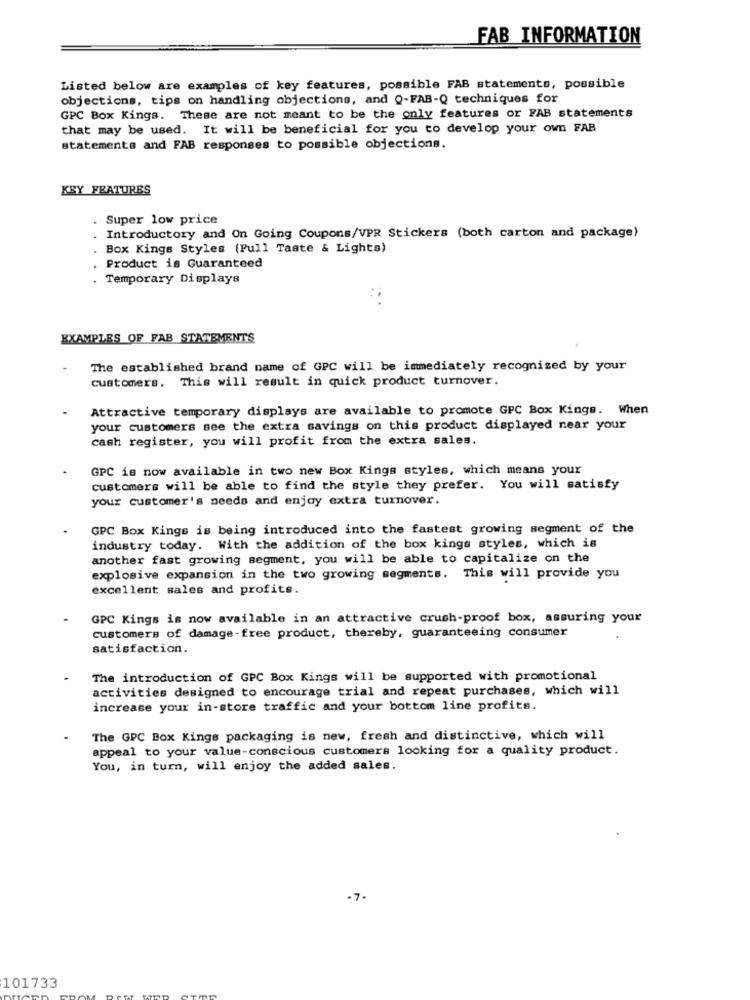
FAB INFORMATION
Listed below are examples of key features, possible FAB statements, possible
objections, tips on handling objections, and Q-FAB-Q techniques for
GPC Box Kings. These are not meant to be the only features or FAB statements
that may be used. It will be beneficial for you to develop your own FAB
statements and FAB responses to possible objections.
KEY FEATURES
. Super low price
. Introductory and On Going Coupons/VPR Stickers (both carton and package)
Box Kings Styles (Full Taste & Lights)
Product is Guaranteed
Temporary Displays
EXAMPLES OF FAB STATEMENTS
The established brand name of GPC will be immediately recognized by your
customers. This will result in quick product turnover.
Attractive temporary displays are available to promote GPC Box Kings. When
your customers see the extra savings on this product displayed near your
cash register, you will profit from the extra sales.
GPC is now available in two new Box Kings styles, which means your
customers will be able to find the style they prefer. You will satisfy
your customer's needs and enjoy extra turnover.
GPC Box Kings is being introduced into the fastest growing segment of the
industry today. With the addition of the box kings styles, which is
another fast growing segment, you will be able to capitalize on the
explosive expansion in the two growing segments. This will provide you
excellent sales and profits.
GPC Kings is now available in an attractive crush-proof box, assuring your
customers of damage-free product, thereby, guaranteeing consumer
satisfaction.
The introduction of GPC Box Kings will be supported with promotional
activities designed to encourage trial and repeat purchases, which will
increase your in-store traffic and your bottom line profits.
The GPC Box Kings packaging is new, fresh and distinctive, which will
appeal to your value-conscious customers looking for a quality product.
You, in turn, will enjoy the added sales.
101733